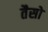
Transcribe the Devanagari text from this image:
तैसो